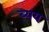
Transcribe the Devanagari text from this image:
ब्यय